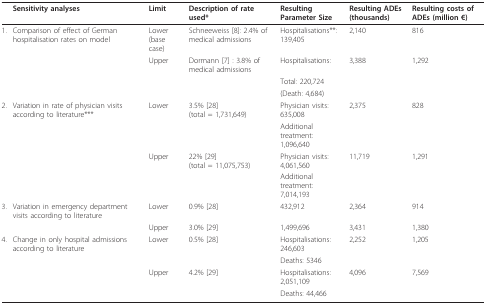
<table><thead><tr><td></td><td><b>Sensitivity analyses</b></td><td><b>Limit</b></td><td><b>Description of rate used*</b></td><td><b>Resulting Parameter Size</b></td><td><b>Resulting ADEs (thousands)</b></td><td><b>Resulting costs of ADEs (million €)</b></td></tr></thead><tbody><tr><td>1.</td><td>Comparison of effect of German hospitalisation rates on model</td><td>Lower (base case)</td><td>Schneeweiss [8]: 2.4% of medical admissions</td><td>Hospitalisations**: 139,405</td><td>2,140</td><td>816</td></tr><tr><td></td><td></td><td>Upper</td><td>Dormann [7] : 3.8% of medical admissions</td><td>Hospitalisations:</td><td>3,388</td><td>1,292</td></tr><tr><td></td><td></td><td></td><td></td><td>Total: 220,724</td><td></td><td></td></tr><tr><td></td><td></td><td></td><td></td><td>(Death: 4,684)</td><td></td><td></td></tr><tr><td>2.</td><td>Variation in rate of physician visits according to literature***</td><td>Lower</td><td>3.5% [28](total = 1,731,649)</td><td>Physician visits: 635,008</td><td>2,375</td><td>828</td></tr><tr><td></td><td></td><td></td><td></td><td>Additional treatment: 1,096,640</td><td></td><td></td></tr><tr><td></td><td></td><td>Upper</td><td>22% [29](total = 11,075,753)</td><td>Physician visits: 4,061,560</td><td>11,719</td><td>1,291</td></tr><tr><td></td><td></td><td></td><td></td><td>Additional treatment: 7,014,193</td><td></td><td></td></tr><tr><td>3.</td><td>Variation in emergency department visits according to literature</td><td>Lower</td><td>0.9% [28]</td><td>432,912</td><td>2,364</td><td>914</td></tr><tr><td></td><td></td><td>Upper</td><td>3.0% [29]</td><td>1,499,696</td><td>3,431</td><td>1,380</td></tr><tr><td>4.</td><td>Change in only hospital admissions according to literature</td><td>Lower</td><td>0.5% [28]</td><td>Hospitalisations: 246,603</td><td>2,252</td><td>1,205</td></tr><tr><td></td><td></td><td></td><td></td><td>Deaths: 5346</td><td></td><td></td></tr><tr><td></td><td></td><td>Upper</td><td>4.2% [29]</td><td>Hospitalisations: 2,051,109</td><td>4,096</td><td>7,569</td></tr><tr><td></td><td></td><td></td><td></td><td>Deaths: 44,466</td><td></td><td></td></tr></tbody></table>